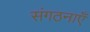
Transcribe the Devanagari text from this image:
संगठनाएँ